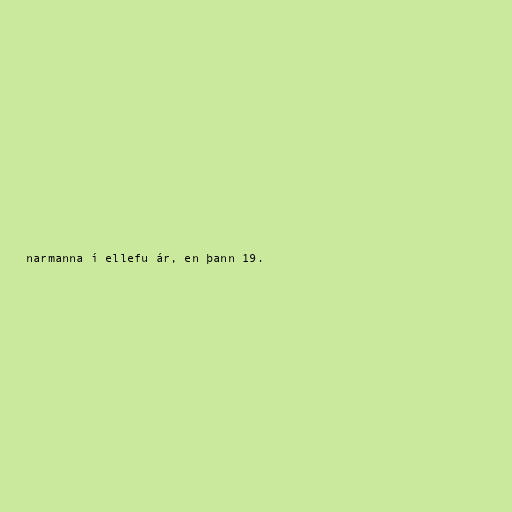
narmanna í ellefu ár, en þann 19.